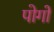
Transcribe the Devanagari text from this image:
पोगों